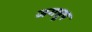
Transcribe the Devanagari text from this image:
जगत्रूप